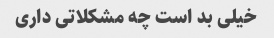
خیلی بد است چه مشکلاتی داری